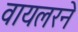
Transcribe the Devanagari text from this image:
वायलरने